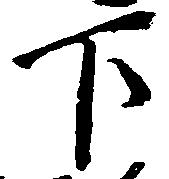
下